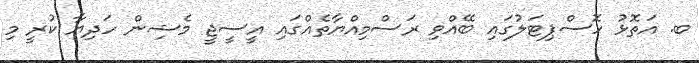
ބ. އަތޮޅު ހޮސްޕިޓަލުގައި ބޭއްވި ރަސްމިއްޔާތެއްގައި އީސީޖީ މެޝިން ހަދިޔާ ކުރީ މި